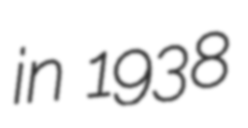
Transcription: in 1938